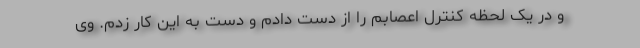
و در یک لحظه کنترل اعصابم را از دست دادم و دست به این کار زدم. وی